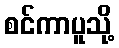
စင်ကာပူသို့